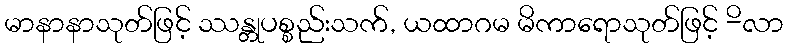
မာနာနာသုတ်ဖြင့် ဿန္တုပစ္စည်းသက်, ယထာဂမ မိကာရောသုတ်ဖြင့် -ိလာ